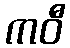
ကဝီ